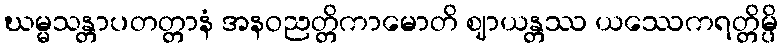
ဃမ္မသန္တာပတတ္တာနံ အနဝညတ္တိကာမောတိ ဈာယန္တဿ ယဿေကရတ္တိမ္ပိ